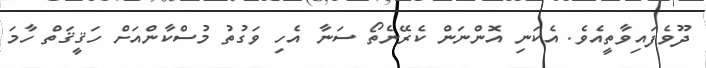
ދޫވެފައިވާތީއެވެ. އެކަނި އޮންނަން ކެރޭނެތޯ ސަނާ އެހި ވަގުތު މުސްކާންއަށް ހަޤީޤަތް ހާމަ